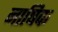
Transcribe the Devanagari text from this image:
नाषिक